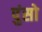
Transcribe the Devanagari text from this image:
पुंसो